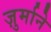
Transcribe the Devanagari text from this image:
ज़ुर्माने